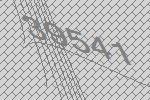
39541